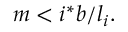
\begin{array} { r } { m < i ^ { * } b / l _ { i } . } \end{array}